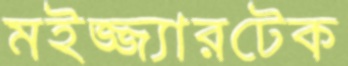
মইজ্জ্যারটেক